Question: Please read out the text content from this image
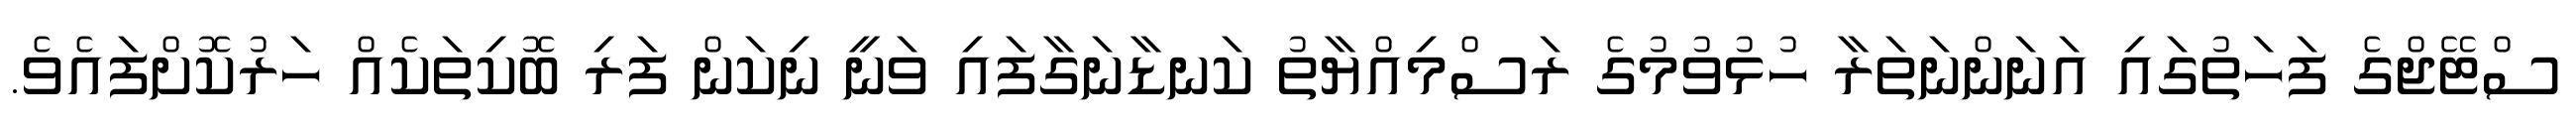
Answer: ސްޓޭޖްގެ ފަހަތުގައި އަނަންނަތަރާ ހުޅުވުމުގެ ރަސްމިއްޔާތު ކަނޑާނަގާފައި ވަނީ ނިކަން ފަރި ބޮކިތަކެއް ހަރުކޮށްފައެވެ.